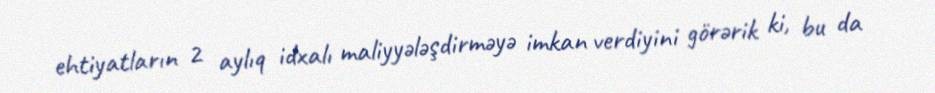
ehtiyatların 2 aylıq idxalı maliyyələşdirməyə imkan verdiyini görərik ki, bu da